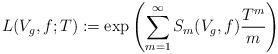
\begin{align*}L(V_g, f; T) := \exp \left( \sum_{m=1}^\infty S_m(V_g, f) \frac{T^m}{m} \right)\end{align*}